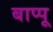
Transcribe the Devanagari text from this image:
बाप्पू